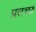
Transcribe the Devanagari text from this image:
प्रतच्छ